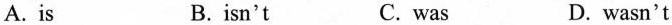
A.is B.isn't C. was D. wasn't